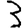
Digit: 3